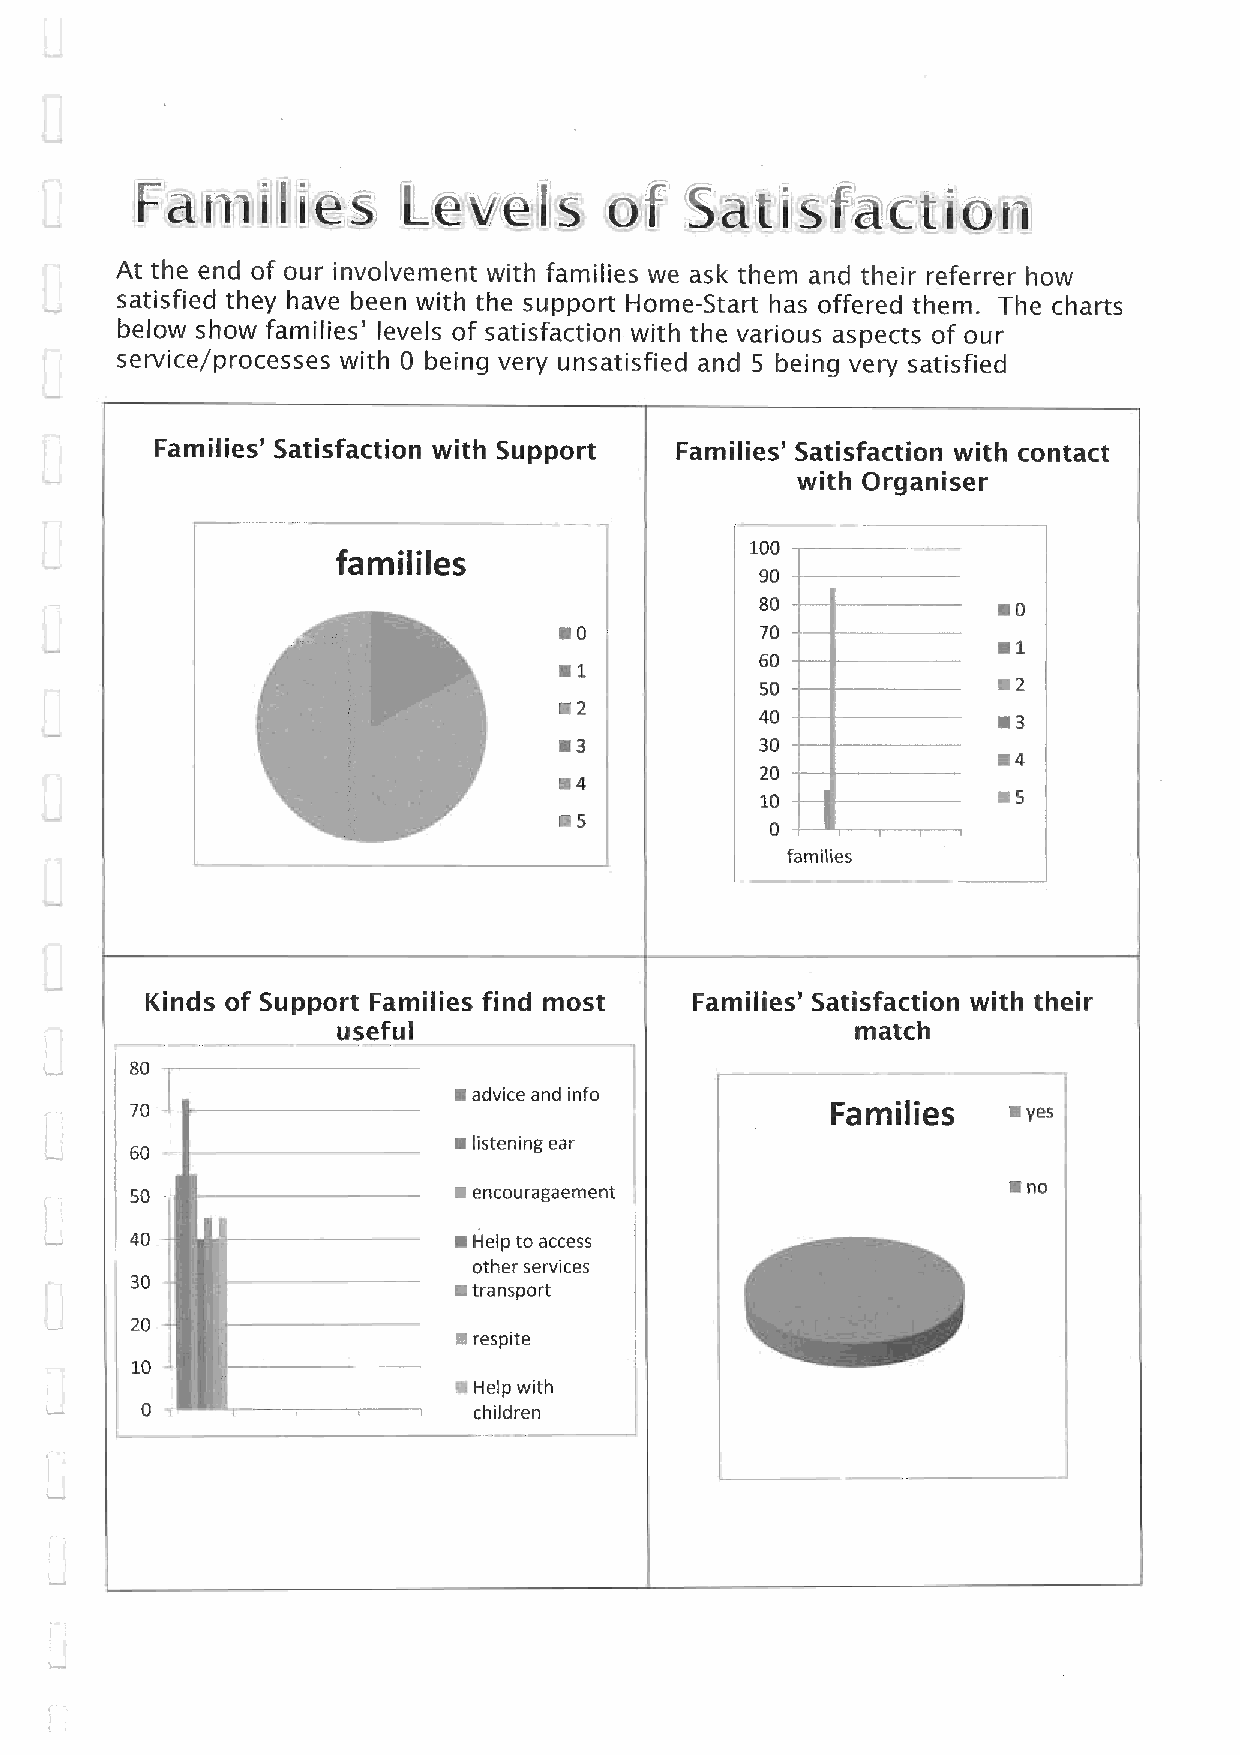
Fami      hos    Levvis        of   Sat    sfraturon
 At the end of our involvement with families we ask them and their referrer how
 satisfied they have been with the support Home-Start has offered them. The charts
 below show families' levels of satisfaction with the various aspects of our
 service/processes with 0 being very unsatisfied and 5 being very satisfied
 Families' Satisfaction with Support Families' Satisfaction with contact
 with Organiser
 100
 famililes
 90
 80              • 0
 • 0          70
 • 1
 6 0
 • 1
 50              • 2
 • 2
 40              • 3
 • 3          30
 • 4
 14           2 0
 10              • 5
 • 5
 0            ,
 families
 Kinds of Support Families find most Families' Satisfaction with their
 useful                             match
 80                                                           —
 • advice and info
 •
 70                                            Families (cid:9) yes
 • listening ear
 60
 SO                   • encouragaement                     • no
 40                   • Help to access
 other services
 30
 • transport
 20
 • respite
 0
 10
 Help with
 0          I,I     (cid:9) children